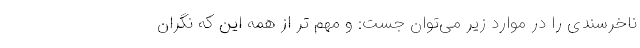
ناخُرسندی را در موارد زیر می‌توان جُست: و مهم تر از همه این که نگران